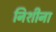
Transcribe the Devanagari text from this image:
निशीना